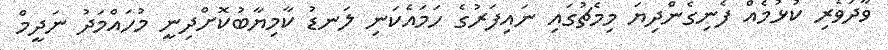
ވާދަވެރި ކުޅުމެއް ފެނިގެންދިޔަ މިމެޗުގައި ނައިފަރުގެ ހަމައެކަނި ލަނޑު ކާމިޔާބުކޮށްދިނީ މުހައްމަދު ނަދީމް